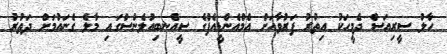
ހާލު ސީރިއަސް ދެމީހަކު އިތުރު ފަރުވާއަށް އެމްއެންޑީއެފްގެ ސީއެނބިއުލެންސްގައި މާލެ ގެނައުމަށް ދަތުރު